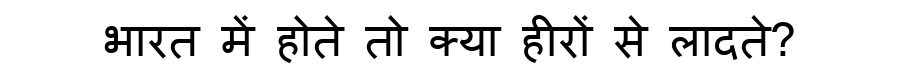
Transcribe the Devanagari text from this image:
भारत में होते तो क्या हीरों से लादते?